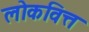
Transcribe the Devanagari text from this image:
लोकवित्त